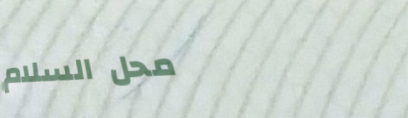
محل السلام